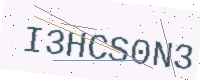
Text: I3HCS0N3